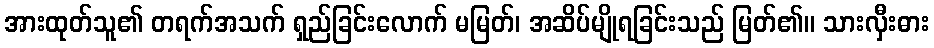
အားထုတ်သူ၏ တရက်အသက် ရှည်ခြင်းလောက် မမြတ်၊ အဆိပ်မျိုရခြင်းသည် မြတ်၏။ သားလှီးဓား